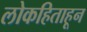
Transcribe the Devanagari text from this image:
लोकहिताहून